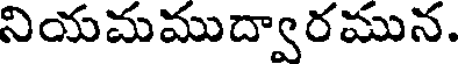
నియమముద్వారమున.